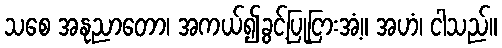
သစေ အနုညာတော၊ အကယ်၍ခွင့်ပြုငြားအံ့။ အဟံ၊ ငါသည်။